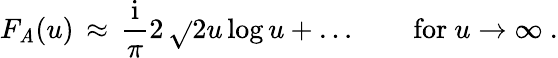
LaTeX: F_{\mathit{A}}(u)\, \approx\, {\frac{{\mathrm{{i}}}}{{\pi}}}2\, \sqrt{}{{2u}}\, \mathrm{{log}}\, u+\ldots\qquad\mathrm{{for~}}u\to\infty\ .